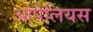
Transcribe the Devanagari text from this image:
ओपैलियस